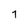
Character: 7